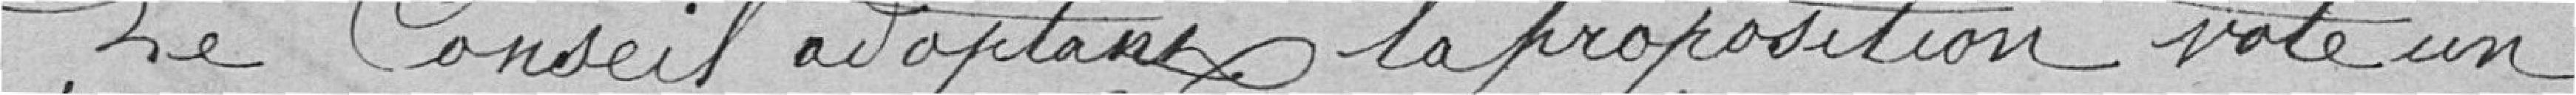
Le Conseil adoptant la proposition vote un